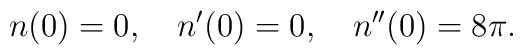
n(0)=0,\quad n'(0)=0,\quad n''(0)=8\pi.